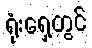
ရုံးရှေ့တွင်